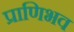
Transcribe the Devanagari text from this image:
प्राणिभव